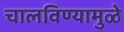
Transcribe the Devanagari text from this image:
चालविण्यामुळे